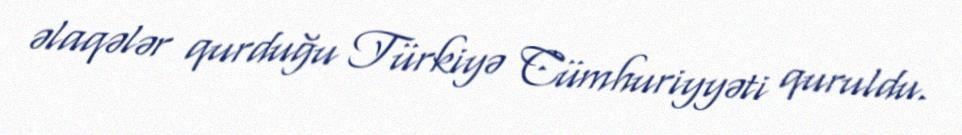
əlaqələr qurduğu Türkiyə Cümhuriyyəti quruldu.